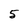
Character: 5